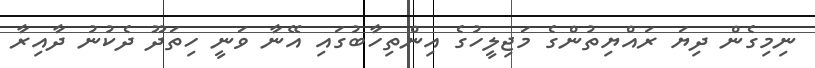
ނިމިގެން ދިޔަ ރައްޔިތުންގެ މަޖިލީހުގެ އިންތިހާބުގައި އޭނާ ވަނީ ހިތަދޫ ދެކުނު ދާއިރާ